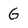
Character: G